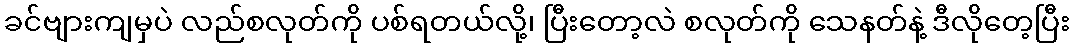
ခင်ဗျားကျမှပဲ လည်စလုတ်ကို ပစ်ရတယ်လို့၊ ပြီးတော့လဲ စလုတ်ကို သေနတ်နဲ့ ဒီလိုတေ့ပြီး